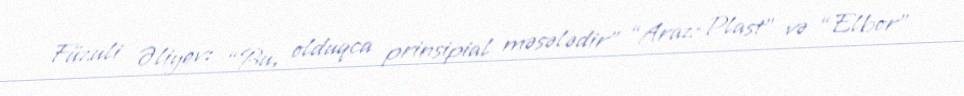
Füzuli Əliyev: “Bu, olduqca prinsipial məsələdir” “Araz-Plast” və “Elbor”